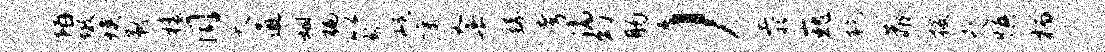
陌墩埃矜檐同夭通姻褊以玲岷嘱套繇考滴幻肠）忝巍乾靠投咫慎柄